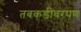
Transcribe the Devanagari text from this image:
तबकडीवरपण